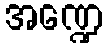
အဏ္ဍေ